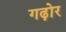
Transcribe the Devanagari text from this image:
गढ़ोर